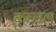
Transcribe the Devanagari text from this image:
कुच्चल